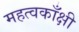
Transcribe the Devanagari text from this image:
महत्वकाँक्षी